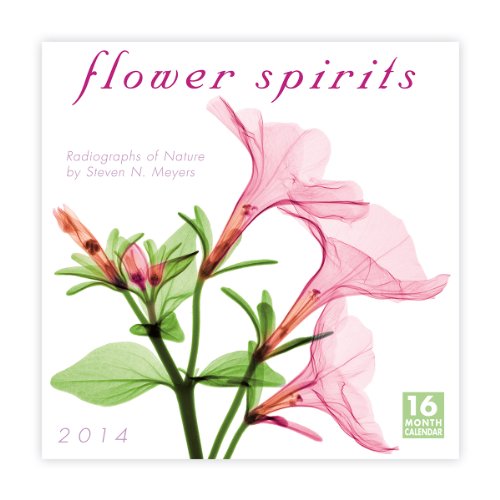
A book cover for Flower Spirits 2014 Wall (calendar); Steven N. Meyers; Calendars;